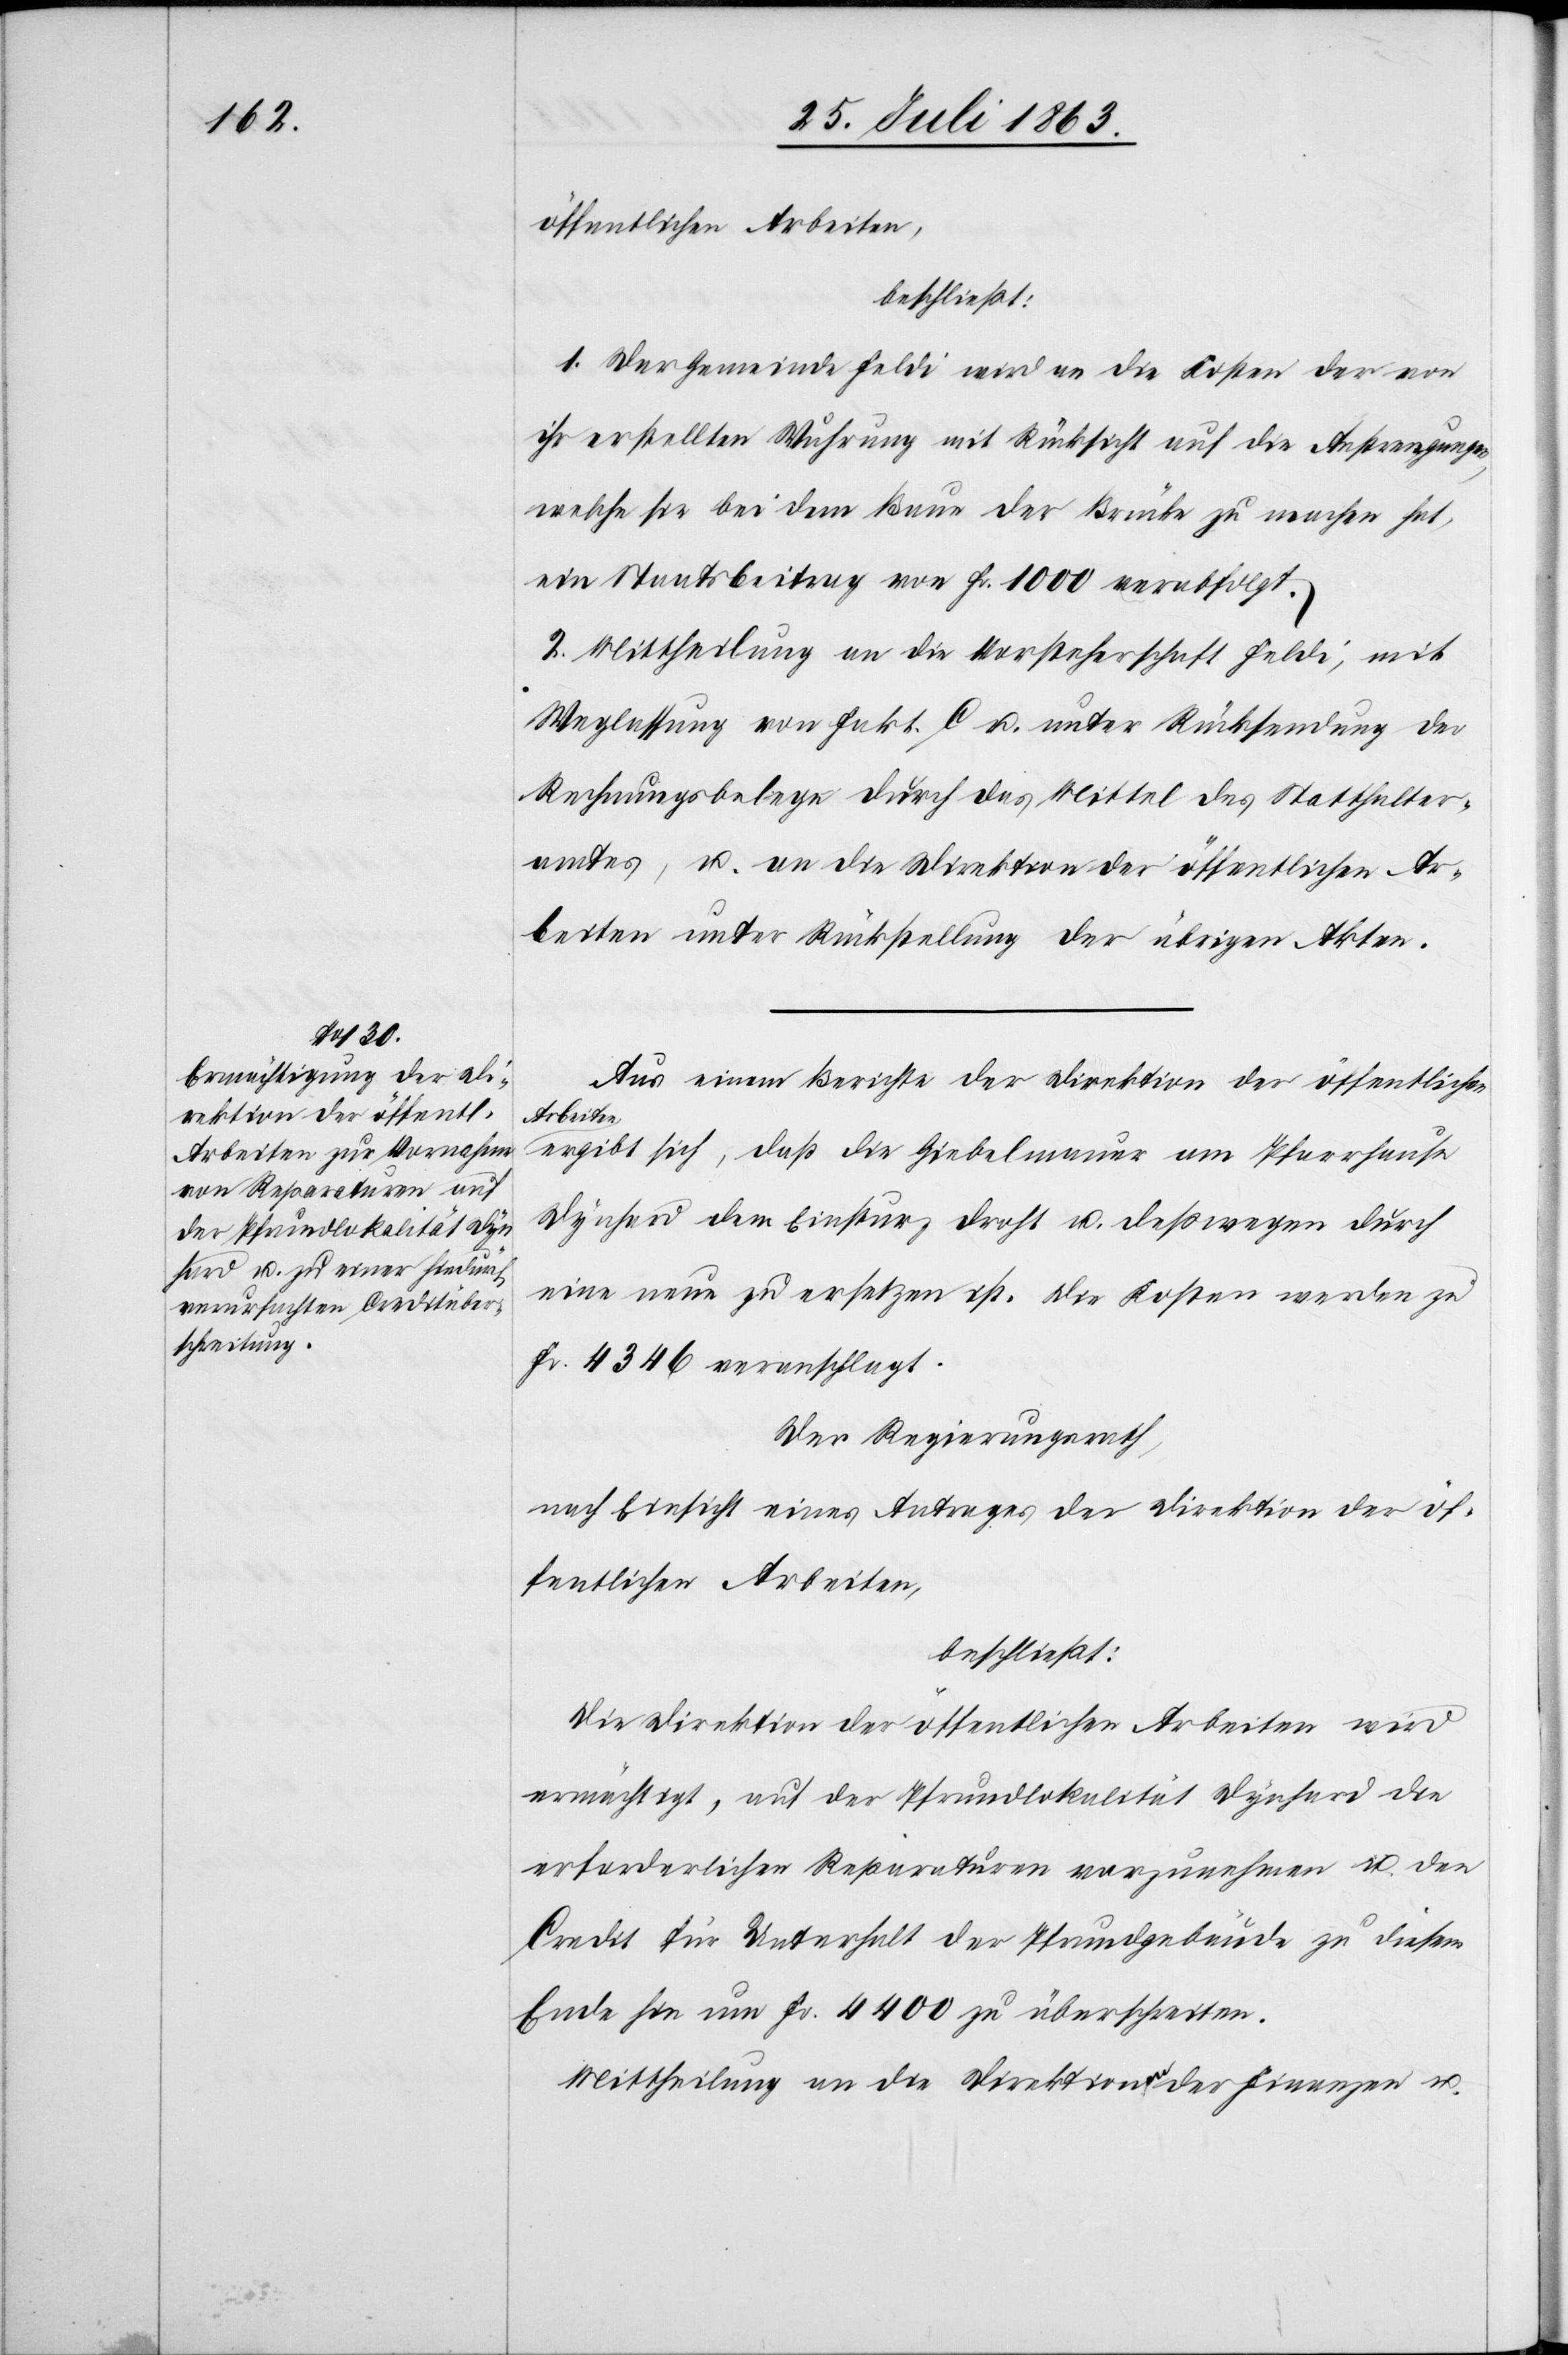
öffentlichen Arbeiten,
beschließt:
1. Der Gemeinde Feldi wird an die Kosten der von
ihr erstellten Wuhrung mit Rücksicht auf die Anstrengungen,
welche sie bei dem Baue der Brücke zu machen hat,
ein Staatsbeitrag von Fr. 1000 verabfolgt.
2. Mittheilung an die Vorsteherschaft Feldi, mit
Weglassung von Fakt. C u. unter Rücksendung der
Rechnungsbelege durch das Mittel des Statthalter¬
amtes, u. an die Direktion der öffentlichen Ar¬
beiten unter Rückstellung der übrigen Akten.
Aus einem Berichte der Direktion der öffentlichen
Arbeiten
ergibt sich, daß die Giebelmauer am Pfarrhause
Dynhard dem Einsturz droht u. deßwegen durch
eine neue zu ersetzen ist. Die Kosten werden zu
Fr. 4346 veranschlagt.
Der Regierungsrath,
nach Einsicht eines Antrages der Direktion der öf¬
fentlichen Arbeiten,
beschließt:
Die Direktion der öffentlichen Arbeiten wird
ermächtigt, auf der Pfrundlokalität Dynhard die
erforderlichen Reparaturen vorzunehmen u. den
Credit für Unterhalt der Pfrundgebäude zu diesem
Ende hin um Fr. 4400 zu überschreiten.
Mittheilung an die Direktionen der Finanzen u.